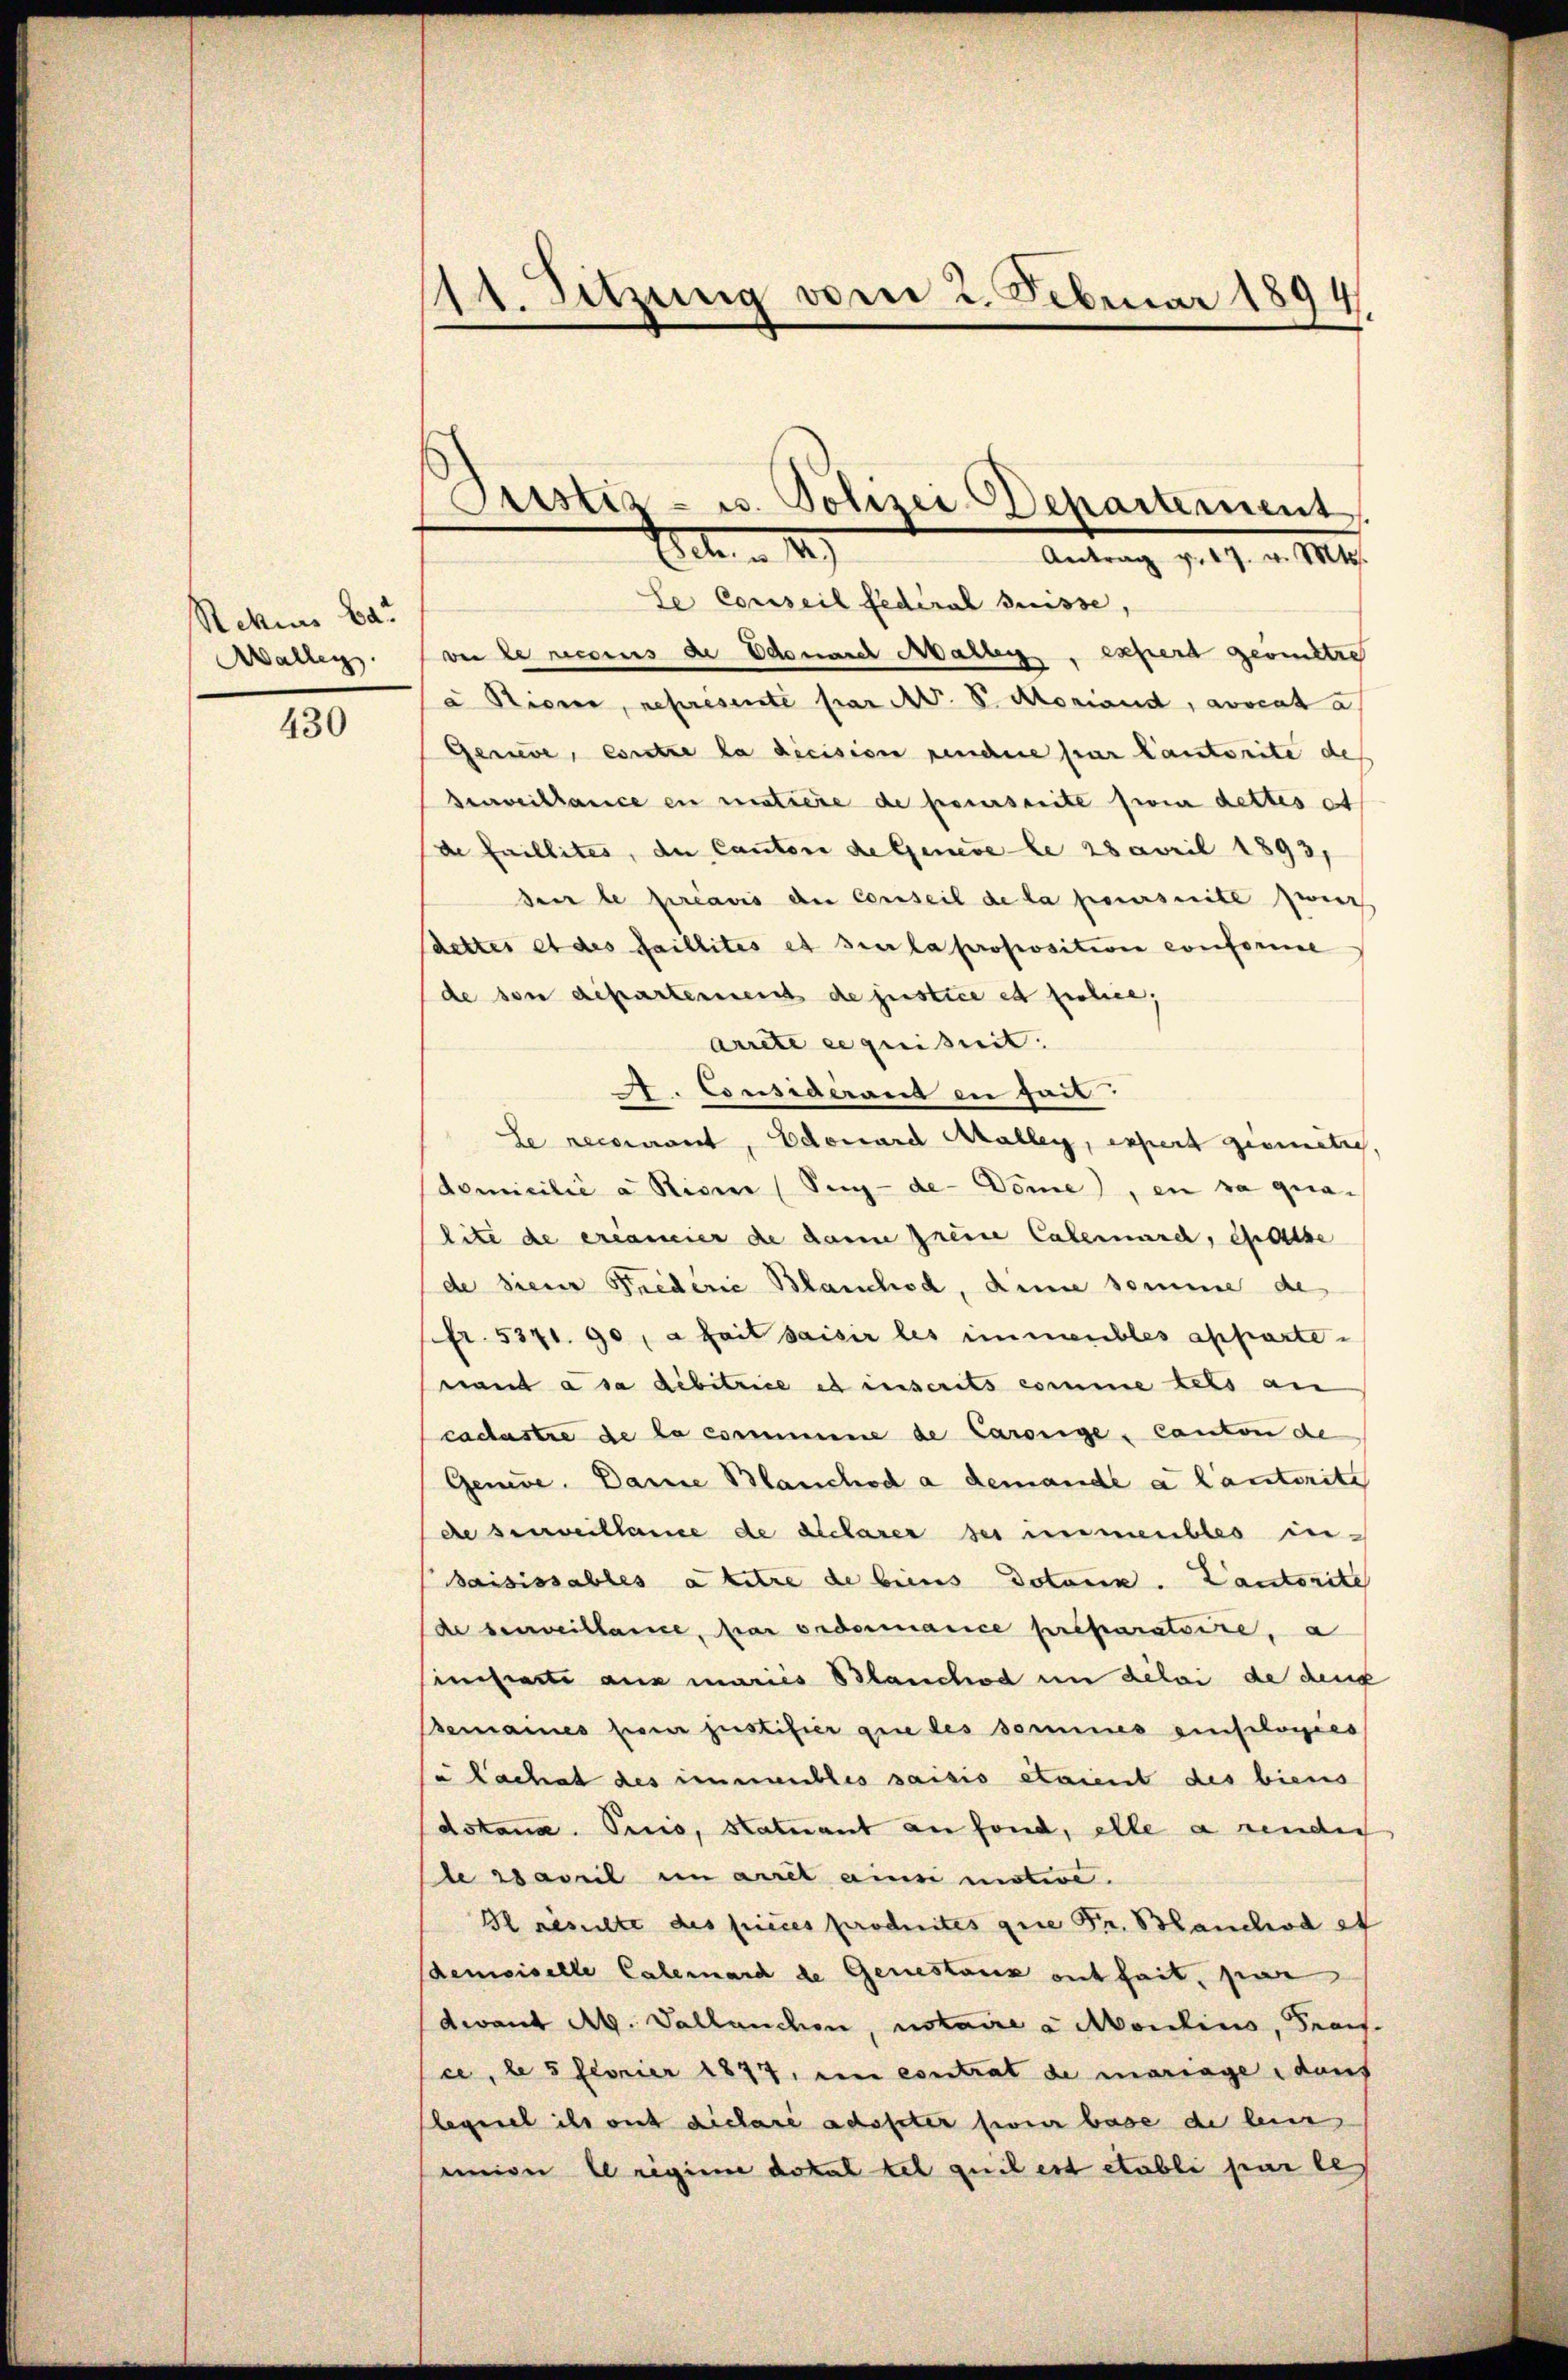
Rekurs bar
Aalleg

430

11. Sitzung vom 2. Februar 189.
4

Pustiz- u. Polizei Departement
Act. n 19
Antrag v. 17. v. Mts.

le Conseil fédéral Suisse,
ver le recens de donarch Martig, capert gerinstre
a Rieme, représente par A. S. Moriand, avocat a.
Gerade, entre la dicision neuchene par Kantorité des
Beveillance en pratiere de pererseite sein dettes et
de faillites, de Cantone de Geneve le 28 April 1893,
den le préavis der Conseil de la pensuite zweit
dettes et des faillites et sur la proposition conforme
de von departement de justice et police,
Arrete erquisit. |
A. Considerant in fait.
Le reconnant, Edouard Azalleg, expert geometich,
domicilić a Riser (Seg-de- Dome), en sa qualite de créancier de dann greine Calemand, halbe
de siener Friederie Blanchod, diene somme des
fr. 5371. 90, a fait saisir les immeubles appartenant à sa debitrice es inscrits comme tels an
cachestre de la commune de Carorige, Canton de
Genere. Dame Blanchod a demande a lautorite
de serveillance de déclarer sei immeubles insaisissables à titre de beins Dotanin. Cantorite
de beseillance, par ordermanice préparatoire, a
sinharte aus mariés Blanchod in délai de deu
Bemaines feier justifier gere des domines einscharges
u Lachat des immeubles saisis staient des biens
dstand. Oucio, Statuant an fond, elle a render
e avail in arret ainsi motive.
Il resulte des pieces produités que Fr. Blanchod et
demoiselle Calemand de Genestanz entheit, par
devant M. Vallanchen, notaire a Moulins, Frais.
ce, le 5 Fernier 1877, en contrat de mariage dans
legel ihr auf dichare adopter son base de leis
einiger le reginne dokal tel qui est etabli par le